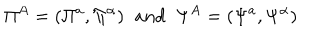
\Pi ^ { A } = ( \Pi ^ { a } , \Pi ^ { \alpha } ) \; \; a n d \; \; \Psi ^ { A } = ( \Psi ^ { a } , \Psi ^ { \alpha } )